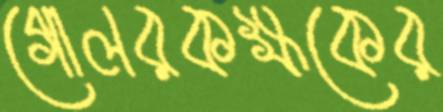
গোলরকক্ষকের